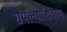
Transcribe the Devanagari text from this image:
संपल्याशिवाय